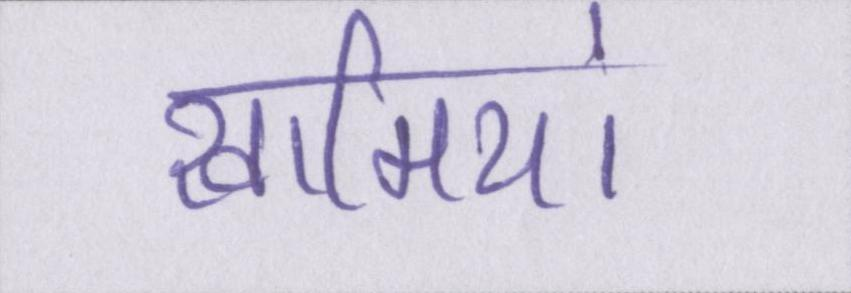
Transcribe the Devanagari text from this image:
खामियां